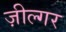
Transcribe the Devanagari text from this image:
ज़ील्‍गर